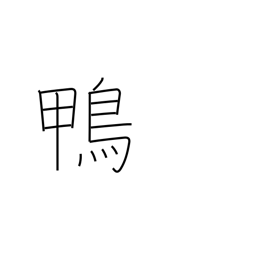
Meaning: easy mark